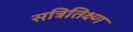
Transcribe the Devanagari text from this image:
सत्रितिक्ष्ण